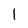
Character: l